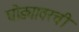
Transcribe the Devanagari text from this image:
घोड्यावरची